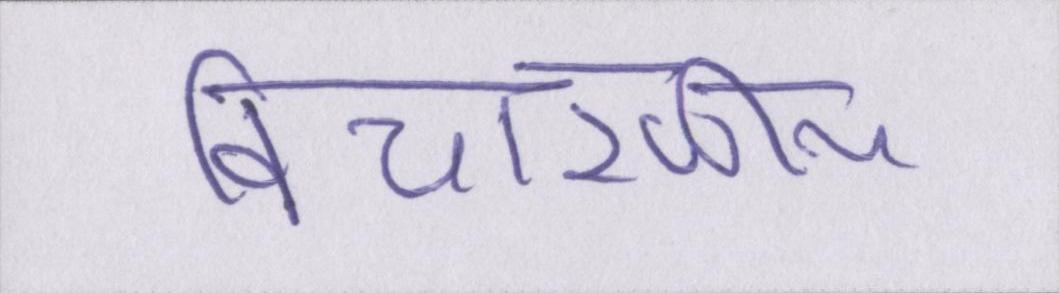
विचारणीय